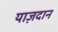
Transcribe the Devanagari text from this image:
याज़दान